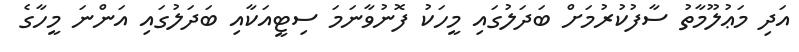
އަދި މަޢުލޫމާތު ސާފުކުރުމަށް ބަދަލުގައި މީހަކު ފޮނުވާނަމަ ސިޓީއަކާއި ބަދަލުގައި އަންނަ މީހާގެ